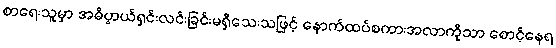
စာရေးသူမှာ အဓိပ္ပာယ်ရှင်းလင်းခြင်းမရှိသေးသဖြင့် နောက်ထပ်စကားအလာကိုသာ စောင့်နေရ